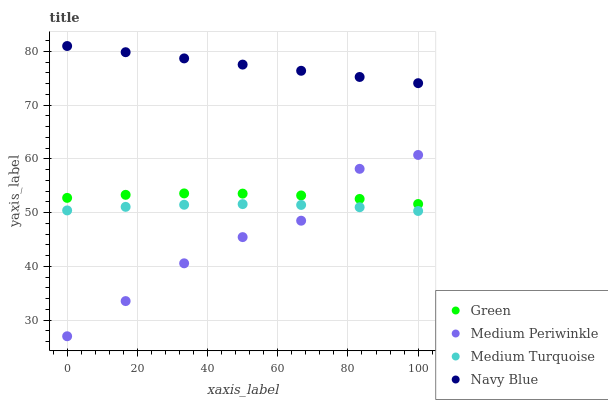
| xaxis_label | Green | Medium Periwinkle | Medium Turquoise | Navy Blue |
 | --- | --- | --- | --- | --- |
 | 0 | 52.7 | 27 | 50.4 | 81 |
 | 16.7 | 53.3 | 33.5 | 51.1 | 79.8 |
 | 33.3 | 53.6 | 40.6 | 51.5 | 78.7 |
 | 50 | 53.5 | 45.4 | 51.6 | 77.5 |
 | 66.7 | 53.2 | 48.5 | 51.4 | 76.4 |
 | 83.3 | 52.6 | 58.1 | 51 | 75.2 |
 | 100 | 51.6 | 60.7 | 50.3 | 74.1 |